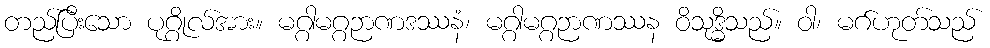
တည်ပြီးသော ပုဂ္ဂိုလ်အား။ မဂ္ဂါမဂ္ဂဉာဏဒဿနံ၊ မဂ္ဂါမဂ္ဂဉာဏဿန ဝိသုဒ္ဓိသည်။ ဝါ၊ မဂ်ဟုတ်သည်